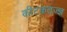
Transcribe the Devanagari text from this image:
कीटकतज्ज्ञ